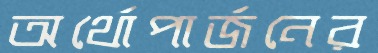
অর্থোপার্জনের